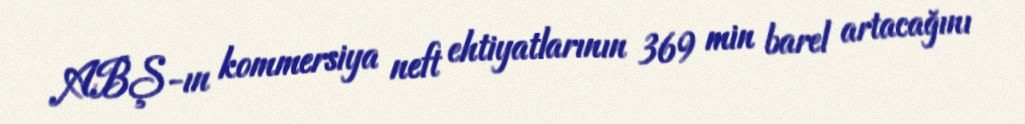
ABŞ-ın kommersiya neft ehtiyatlarının 369 min barel artacağını